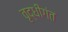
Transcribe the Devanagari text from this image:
वृद्धीगंत